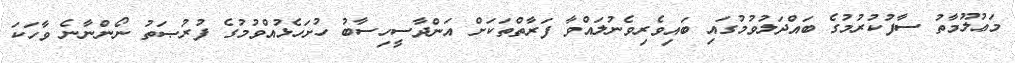
މަޢުލޫމާތު ސާފުކުރުމުގެ ބައްދަލުވުމުގައި ބައިވެރިވެނުލައްވާ ފަރާތްތަކަށް އަންދާސީހިސާބު ހުށަހެޅުއްވުމުގެ ފުރުޞަތު ނޯންނާނެ ވާހަކަ